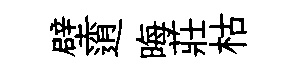
壁逍晦莊枯